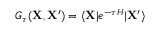
G _ { \tau } ( \mathbf { X } , \mathbf { X } ^ { \prime } ) = \langle \mathbf { X } | e ^ { - \tau H } | \mathbf { X } ^ { \prime } \rangle